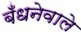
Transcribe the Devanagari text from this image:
बँधनेवाले